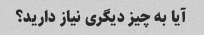
آیا به چیز دیگری نیاز دارید؟